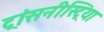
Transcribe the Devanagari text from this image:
ट्रांसनीस्ट्रिया